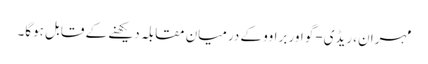
مہران، ریڈی-گو اور براوو کے درمیان مقابلہ دیکھنے کے قابل ہوگا۔